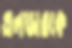
এলডারকে